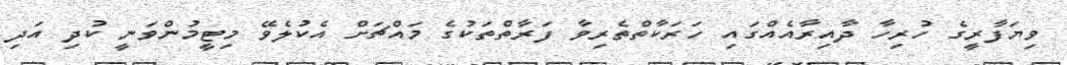
ވިޔަފާރީގެ ހުރިހާ ދާއިރާއެއްގައި ހަރަކާތްތެރިވާ ފަރާތްތަކުގެ މައްޗަށް އެކުލެވޭ މިޓީމުންވަނީ ކުދި އަދި